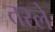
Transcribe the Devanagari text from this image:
तरले